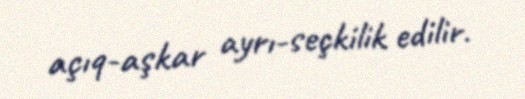
açıq-aşkar ayrı-seçkilik edilir.